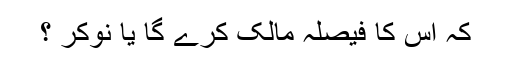
کہ اس کا فیصلہ مالک کرے گا یا نوکر ؟